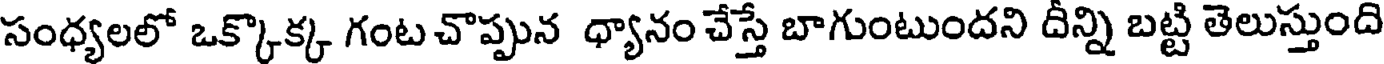
సంధ్యలలో ఒక్కొక్క గంట చొప్పున ధ్యానం చేస్తే బాగుంటుందని దీన్ని బట్టి తెలుస్తుంది